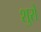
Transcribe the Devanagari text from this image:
शुरो